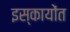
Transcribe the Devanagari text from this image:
इस्कायोंत